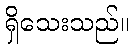
ရှိသေးသည်။